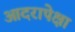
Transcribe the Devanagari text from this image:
आदरापेक्षा